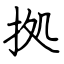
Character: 拠